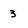
Character: 3